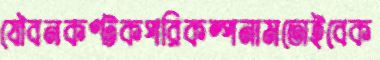
যৌবনকণ্টকপরিকল্পনামতোইবেক